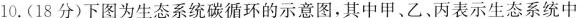
10.(18分)下图为生态系统碳循环的示意图，其中甲、乙、丙表示生态系统中